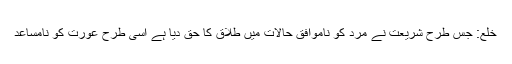
خلع: جس طرح شریعت نے مرد کو ناموافق حالات میں طلاق کا حق دیا ہے اسی طرح عورت کو نامساعد